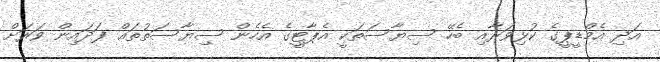
އަދި އެމްޑީޕީގެ ކުޅިވަރާއި ބެހޭ ސިޔާސަތަކީ އެޕާޓީގެ އެހެން ސިޔާސަތުތައް ފަދައިން ވަރަށް